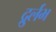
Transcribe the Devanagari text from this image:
दुर्र्लभ